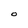
Character: O